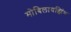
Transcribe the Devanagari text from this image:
मोबिलायझिंग